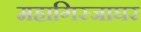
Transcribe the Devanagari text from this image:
महागिरजाघर